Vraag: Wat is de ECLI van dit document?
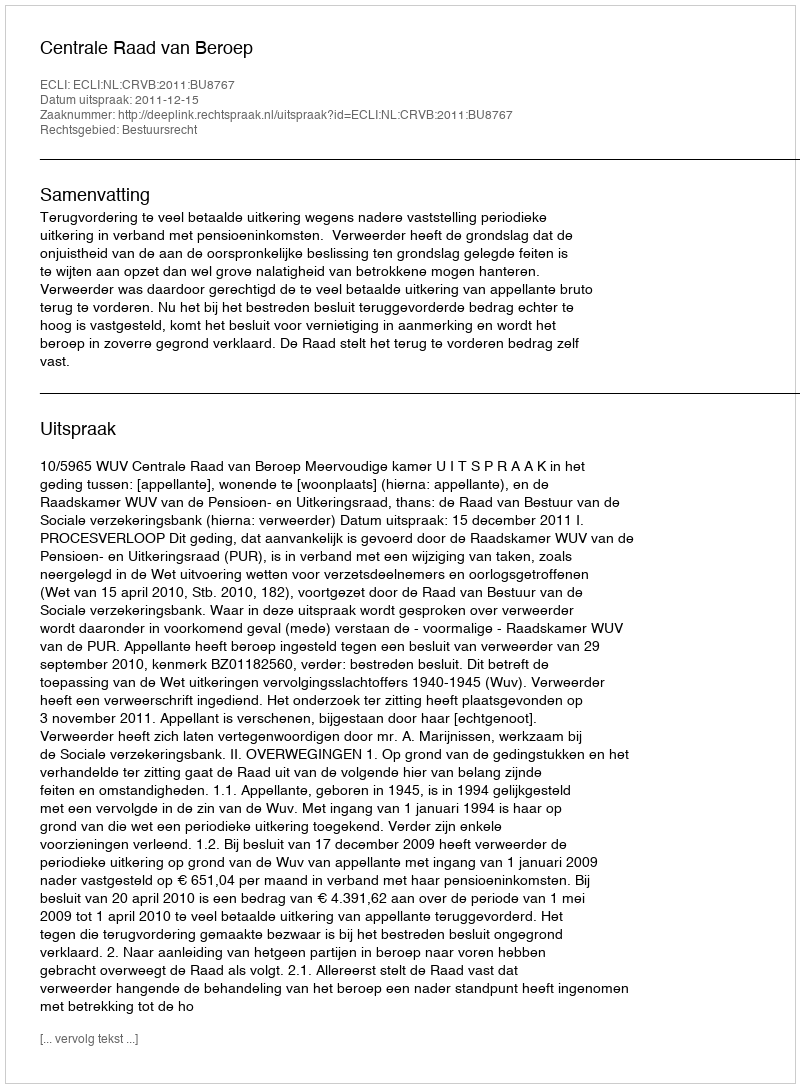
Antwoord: ECLI:NL:CRVB:2011:BU8767